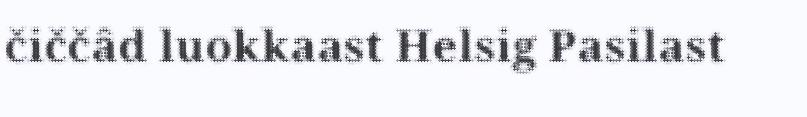
čiččâd luokkaast Helsig Pasilast